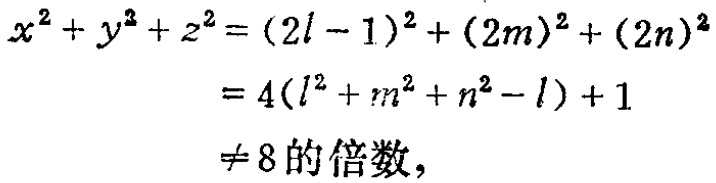
\[

\begin{align*}

x^{2}+y^{2}+z^{2}&=(2l - 1)^{2}+(2m)^{2}+(2n)^{2}\\

&=4(l^{2}+m^{2}+n^{2}-l)+1\\

&\neq 8\text{的倍数},

\end{align*}

\]